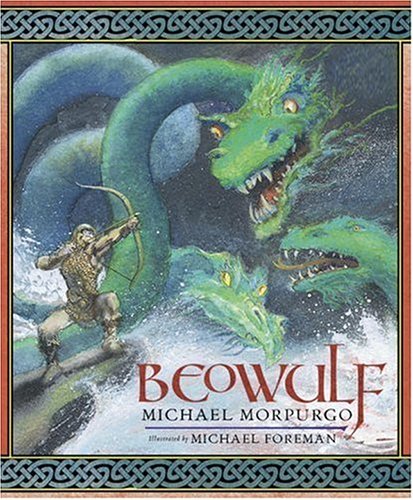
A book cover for Beowulf; Michael Morpurgo; Children's Books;